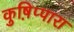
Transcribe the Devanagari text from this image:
कुष़िप्पारा